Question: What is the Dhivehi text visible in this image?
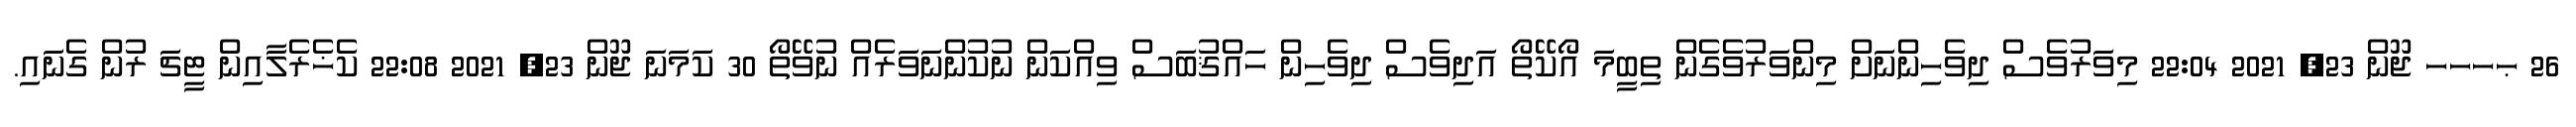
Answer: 26 ޙހހހ ޖޫން 23, 2021 22:04 މިވަރުވެސް ދިވެހިންނަށް މިންވަރުވެގެން ތިބީމަ އޯކޭތޯ އަދިވެސް ދިވެހިން ހައްޤުބަސް ވިއްކަން ނުކުންނަވަރެއް ނުވޭތޯ 30 ކަމަނަ ޖޫން 23, 2021 22:08 ކެޚެރެލާއިން ޓީޗަ ރުން ގެނައި.